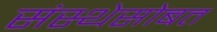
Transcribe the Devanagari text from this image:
संस्थेसोबत